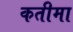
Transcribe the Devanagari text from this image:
कतीमा